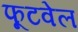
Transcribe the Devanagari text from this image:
फूटवेल